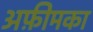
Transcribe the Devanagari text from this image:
अफ़ीमका